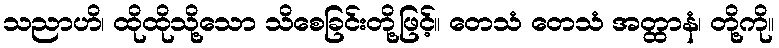
သညာဟိ၊ ထိုထိုသို့သော သိစေခြင်းတို့ဖြင့်။ တေသံ တေသံ အတ္ထာနံ၊ တို့ကို။